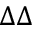
\Delta \Delta